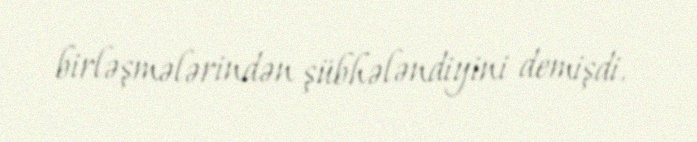
birləşmələrindən şübhələndiyini demişdi.